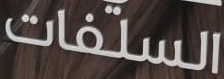
السلفات